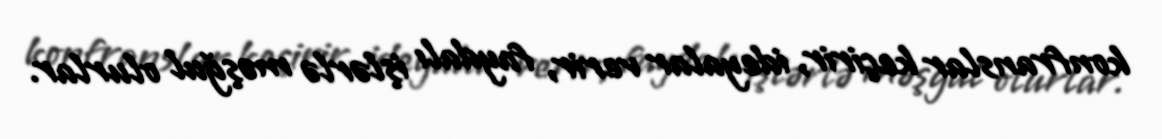
konfranslar keçirir, ideyalar verir, faydalı işlərlə məşğul olurlar.